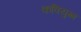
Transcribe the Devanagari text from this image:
कवियुग्म